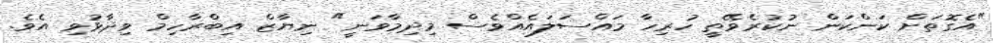
"އެގޮތަށް ކަންކަން ނުކުރެވޭތީ ހުރިހާ މައްސަލައެއްވެސް މިދިމާވަނީ" ނިޔާޒް އިބްރާހިމް ވިދާޅުވި އެވެ.